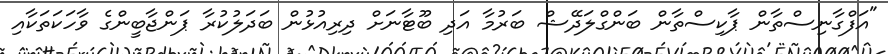
"އަފްގާނިސްތާން ޕާކިސްތާން ބަންގްލަދޭޝް ބަރުމާ އަދި ބޫޓާނަށް ދިރިއުޅުން ބަދަލުކުރާ ޕަންޖާބީންގެ ވާހަކަތަކާއި